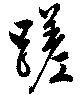
蹉